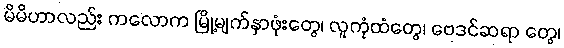
မိမိဟာလည်း ကလောက မြို့မျက်နှာဖုံးတွေ၊ လူကုံထံတွေ၊ ဗေဒင်ဆရာ တွေ၊